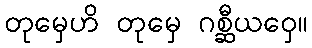
တုမှေဟိ တုမှေ ဂစ္ဆီယဝှေ။